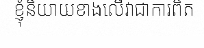
ខ្ញុំនិយាយខាងលើវាជាការពិត